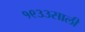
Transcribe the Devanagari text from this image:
१९३३साली